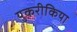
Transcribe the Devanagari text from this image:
युकरीकिया